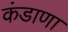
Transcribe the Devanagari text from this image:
कंडाणा